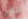
حقى